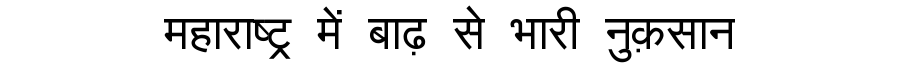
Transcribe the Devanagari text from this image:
महाराष्ट्र में बाढ़ से भारी नुक़सान